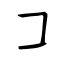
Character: コ